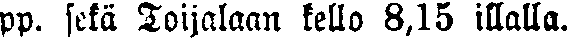
pp. sekä Toijalaan kello 8,15 illalla.